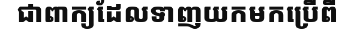
ជាពាក្យដែលទាញយកមកប្រើពី